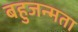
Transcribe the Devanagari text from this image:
बहुजन्मता